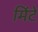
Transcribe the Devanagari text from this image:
मिंटे